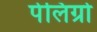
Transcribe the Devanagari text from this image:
पेलिग्रो